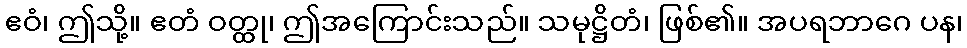
ဧဝံ၊ ဤသို့။ ဧတံ ဝတ္ထု၊ ဤအကြောင်းသည်။ သမုဋ္ဌိတံ၊ ဖြစ်၏။ အပရဘာဂေ ပန၊